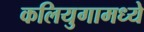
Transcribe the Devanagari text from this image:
कलियुगामध्ये